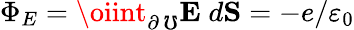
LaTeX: \Phi_{E}=\oiint_{\partial\, \mho}\textbf{E}\; d\textbf{S}=-e/\varepsilon_{0}